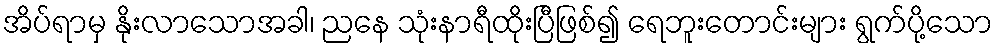
အိပ်ရာမှ နိုးလာသောအခါ၊ ညနေ သုံးနာရီထိုးပြီဖြစ်၍ ရေဘူးတောင်းများ ရွက်ပို့သော